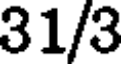
31/3